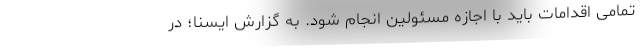
تمامی اقدامات باید با اجازه مسئولین انجام شود. به گزارش ایسنا؛ در